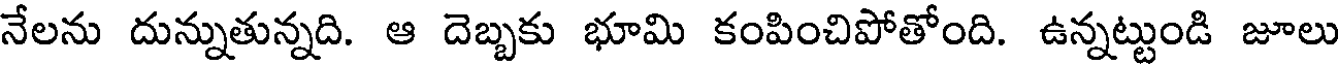
నేలను దున్నుతున్నది. ఆ దెబ్బకు భూమి కంపించిపోతోంది. ఉన్నట్టుండి జూలు